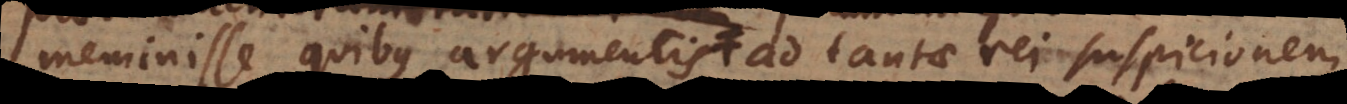
meminisse quibus argumentis ad tantae rei suspicionem